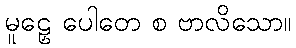
မူဠှေ ပေါတေ စ ဗာလိသော။